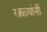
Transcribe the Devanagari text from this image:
सळ्यांनी